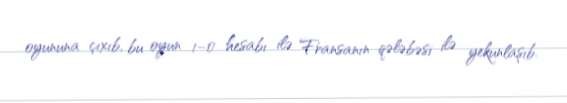
oyununa çıxıb, bu oyun 1–0 hesabı ilə Fransanın qələbəsi ilə yekunlaşıb.